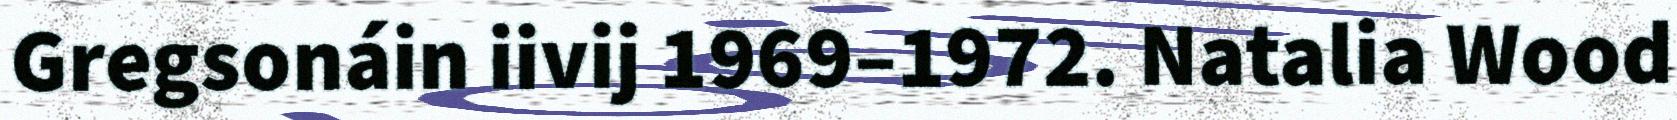
Gregsonáin iivij 1969–1972. Natalia Wood